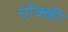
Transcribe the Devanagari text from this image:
चौक्की